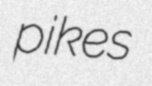
pikes